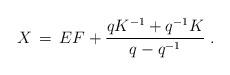
LaTeX: \begin{align*}X\,=\,EF+ \frac{qK^{-1}+q^{-1}K}{q-q^{-1}}\;.\end{align*}